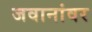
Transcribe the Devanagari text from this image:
जवानांवर